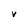
Character: V